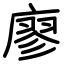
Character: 廖